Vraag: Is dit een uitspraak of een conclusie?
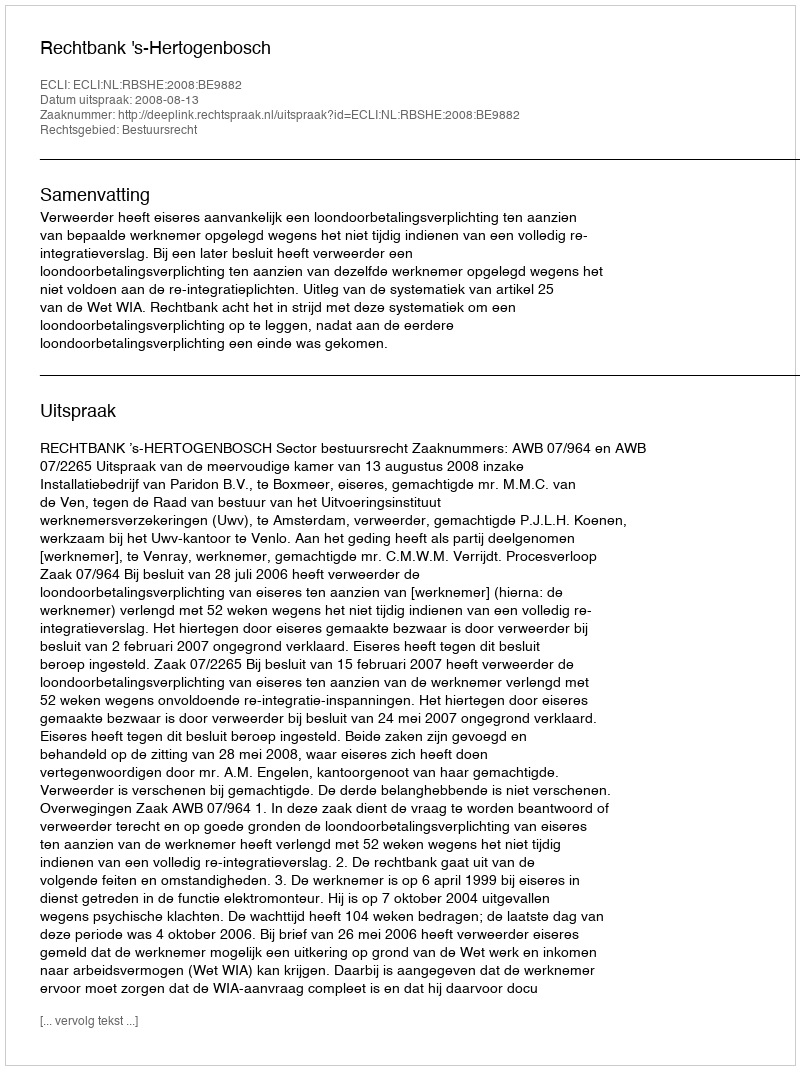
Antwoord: Uitspraak